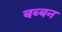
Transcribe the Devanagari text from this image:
बब्‍बन